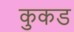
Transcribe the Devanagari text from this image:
कुकड